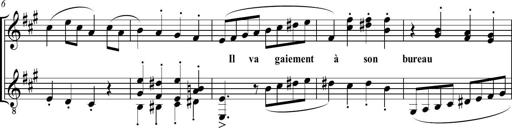
Title: Sonatine bureaucratique
Composer: Erik Satie